Annual statistical returns and brief notes on vaccination in Bengal - 1896-1909
Year: 1896
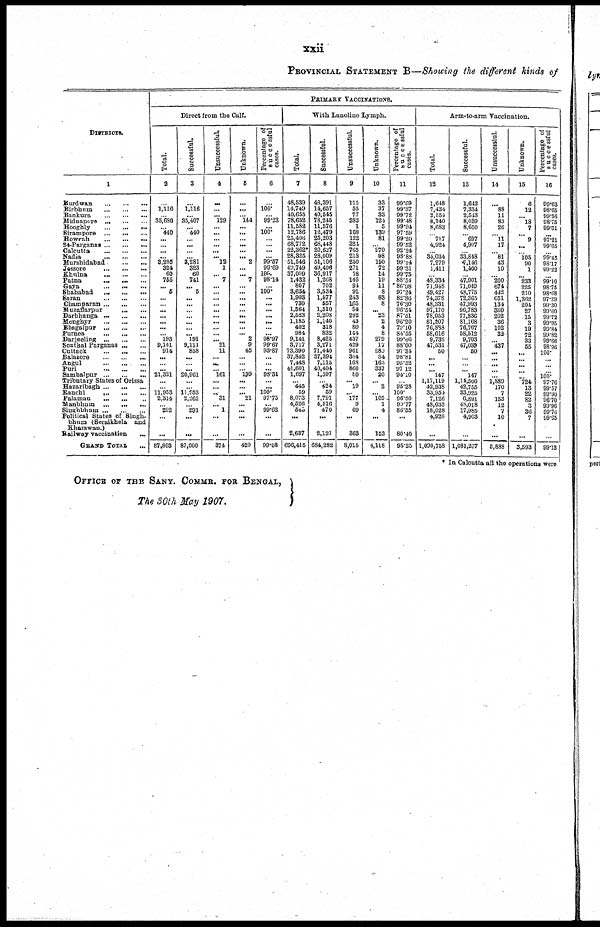
xxii
PROVINCIAL STATEMENT B—Showing the different kinds of
DISTRICTS.
1
Burdwan
... ... ...
Birbhum
...
...
...
Bankura
...
...
...
Midnapore
...
...
...
Hooghly
...
... ...
Sirampore
...
...
...
Howrah
...
...
...
24-Parganas
...
...
...
Calcutta
...
...
...
Nadia
... ... ...
Murshidabad
...
...
Jessore
...
...
...
Khulna
...
...
...
Patna
...
... ...
Gaya
...
...
...
Shahabad
...
...
...
Saran
...
...
...
Champaran
...
...
...
Muzaffarpur
...
...
Darbhanga
...
...
...
Monghyr
...
...
...
Bhagalpur ... ... ...
Purnea
...
...
...
Darjeeling
...
...
...
Sonthal Parganas
...
...
Cuttack
...
...
...
Balasore
...
...
...
Angul
...
...
...
Puri
...
...
...
Sambalpur
...
...
...
Tributary States of Orissa
Hazaribagh
...
...
...
Ranchi
...
...
...
Palamau
...
...
...
Manbhum
...
...
...
Singhbhum
...
...
...
Political States of Singh¬
bhum (Seraikhela and
Kharswan.)
Railway vaccination
...
GRAND TOTAL ...
PRIMARY VACCINATIONS.
Direct from the Calf.
Total.
2
...
1,116
...
35,680
... 410
...
...
...
...
3,295
324
60
755
... 5
...
...
...
...
...
...
... 198
9,141
914
...
...
...
21,321
...
... 11,953
2,314
... 292
...
...
87,803
Successful.
3
...
1,116
...
35,407
... 440
...
...
...
...
3,281
323
60
741
... 5
...
...
... ...
...
...
... 191
9,111
858
...
... ...
20,961
...
... 11,953
2,262
... 291
...
...
87,000
Unsuccessful.
4
...
...
... 129
...
...
...
...
...
... 12
1
... 7
...
...
...
...
...
...
...
...
...
... 21
11
...
...
... 161
...
...
... 31
... 1
...
...
374
Unknown.
5
...
...
... 144
...
...
...
...
...
... 2
...
... 7
...
...
...
...
...
...
...
...
... 2
9
45
...
...
... 199
...
...
... 21
...
...
...
...
429
Percent age of
successful
cases.
6
...
100.
...
99.23
...
100.
...
...
...
...
99.57
99.69
100.
98.14
...
100.
...
...
...
...
...
...
...
98.97
99.67
93.87
...
... ...
98.31
...
...
100.
97.75
...
99.62
...
...
99.08
With Lanoline Lymph.
Total.
7
48,539
14,749
40,655
78,652
11,582
12,786
25,406
68,772
22,362*
28,325
51,546
49,749
37,009
1,432
807
3,634
1,903
730
1,564
2,523
1,185
402
984
9,141
3,717
73,390
37,842
7,448
41,601
1,697
... 445
59
8,073
4,526
545
...
2,637
696,415
Successful.
8
48,391
14,657
40,545
78,245
11,576
12,479
25,203
68,448
20,627
28,009
51,106
49,406
36,917
1,268
702
3,534
1,577
557
1,510
2,208
1,140
318
832
8,425
3,271
71,440
37,394
7,115
40,404
1,597
... 424
59
7,791
4,516
470
...
2,121
684,282
Unsuccessful.
9
115
55
77
283
1
168
122
324
765
218
250
271
78
145
94
92
243
165
54
292
43
80
144
437
429
961
384
168
860
80
... 19
... 177
9
69
...
363
8,015
Unknown.
10
33
37
33
124
5
139
81
... 970
98
190
72
14
19
11
8
83
8
... 23
2
4
8
279
17
980
84
165
337
20
... 2
... 105
1
4
...
153
4,118
Percentage of
successful
cases.
11
99.69
99.37
99.72
99.48
99.94
97.59
99.20
90.52
92.24
98.88
99.14
99.31
99.75
88.54
86.98
97.24
82.86
76.30
96.54
87.51
96.20
79.10
84.55
99.66
88.00
97.34
98.81
95.52
97.12
94.10
... 95.28
100.
96.50
90.77
86.55
...
80.40
98.25
Arm-to-arm Vaccination.
Total.
12
1,648
7,434
2,554
8,140
8,683
...
717
4,924
...
34.034
7,279
1,411
...
48.334
71,948
49,427
74,378
48,331
97,170
78,053
81,207
76,888
58,616
9,736
47,531
50
... ...
. .. 147
1,17,119
42,938
33,954
7,126
48,033
18,028
4,920
...
1,090,758
Successful.
13
1,642
7,334
2,543
8,039
8,650
... 697
4,907
...
33,848
7,146
1,400
...
47,901
71,049
48,775
72,365
47,993
96,783
77,836
81,168
76,767
58,512
9,703
47,039
50
...
...
... 147
1,14,506
42,755
33,925
6,891
48,018
17,985
4,903
...
1,081,277
Unsuccessful.
14
...
88
11
83
26
...
11
17
...
81
43
10
...
200
674
442
651
134
360
202
36
102
32
... 437
...
... ...
...
...
1,889
170
7
153
12
7
10
...
5,888
Unknown.
15
6
12
...
18
7
...
9
...
...
105
90
1
...
233
225
210
1,362
204
27
15
3
19
72
33
55
...
...
...
...
...
724
13
22
82
3
36
7
...
3,593
Percentage of
successful
cases.
16
99.63
98.65
99.56
98.75
99.61
...
97.21
99.65
...
99.45
98.17
99.22
...
99.10
98.75
98.68
97.29
99.30
99.60
99.72
99.95
99.84
99.82
99.66
98.96
100.
...
...
... 100.
97.76
99.57
99.90
96.70
99.96
99.76
99.65
99.13
* In Calcutta all the operations were
OFFICE OF THE SANY. COMMR. FOR BENGAL,
The 30th May 1907.